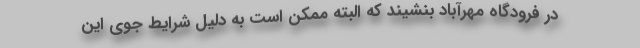
در فرودگاه مهرآباد بنشیند که البته ممکن است به دلیل شرایط جوی این